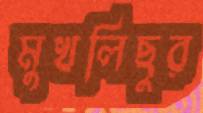
মুখলিছুর